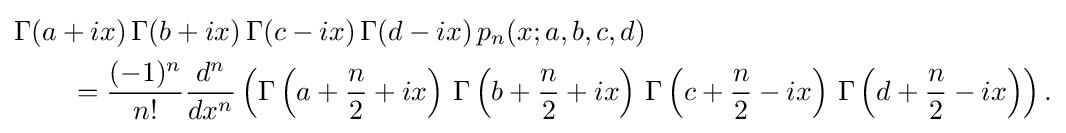
{\begin{aligned}&\Gamma (a+ix)\,\Gamma (b+ix)\,\Gamma (c-ix)\,\Gamma (d-ix)\,p_{n}(x;a,b,c,d)\\&\qquad ={\frac {(-1)^{n}}{n!}}{\frac {d^{n}}{dx^{n}}}\left(\Gamma \left(a+{\frac {n}{2}}+ix\right)\,\Gamma \left(b+{\frac {n}{2}}+ix\right)\,\Gamma \left(c+{\frac {n}{2}}-ix\right)\,\Gamma \left(d+{\frac {n}{2}}-ix\right)\right).\end{aligned}}